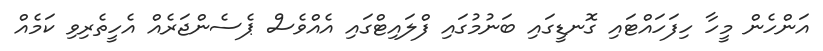
އަންހެން މީހާ ހިފަހައްޓައި ގޮނޑީގައި ބަނުމުގައި ފްލައިޓްގައި އެއްވެސް ޕެސެންޖަރެއް އެހީތެރިވި ކަމެއް